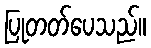
ပြုတတ်ပေသည်။